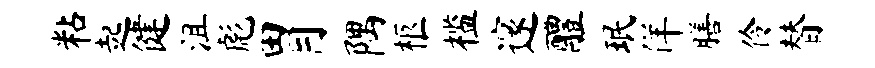
粘起健沮彪胃隅柩槛邃醴珉佯膳伶替